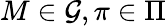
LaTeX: M\in\mathcal G,\pi\in\Pi